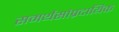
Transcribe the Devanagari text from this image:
समर्थसांप्रदायिक